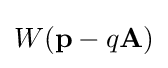
W(\mathbf {p} -q\mathbf {A} )